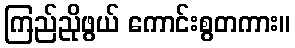
ကြည်ညိုဖွယ် ကောင်းစွတကား။